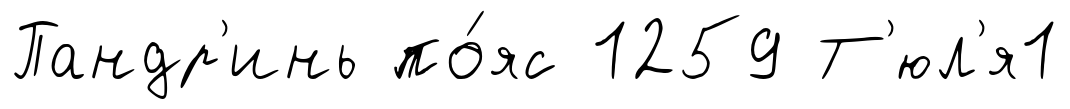
Пандр'инь по́яс 1259 Т'юл'я1